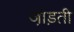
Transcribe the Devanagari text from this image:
जो़ड़ती